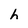
Character: h